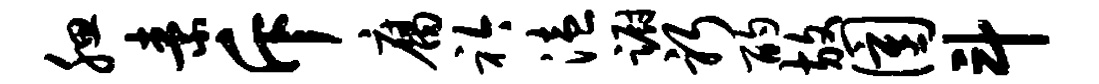
腮素斥腐衿溘蹰躬酌放圉斗